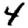
Digit: 4